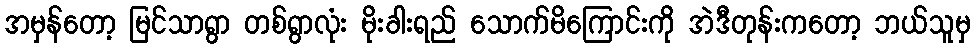
အမှန်တော့ မြင်သာရွာ တစ်ရွာလုံး မိုးခါးရည် သောက်မိကြောင်းကို အဲဒီတုန်းကတော့ ဘယ်သူမှ